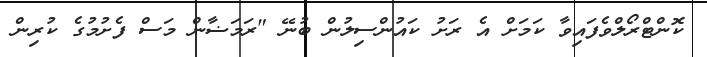
ކޮންޓްރޯލްވެފައިވާ ކަމަށް އެ ރަށު ކައުންސިލުން ބުނޭ "ރަމަޟާން މަސް ފެށުމުގެ ކުރިން